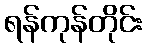
ရန်ကုန်တိုင်း